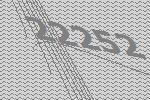
22252